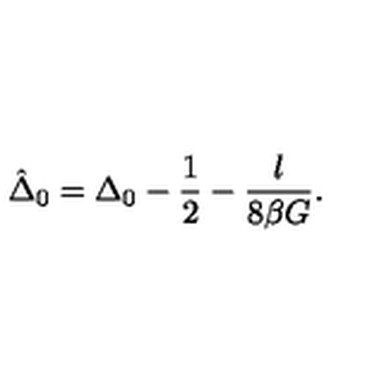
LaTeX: \hat { \Delta } _ { 0 } = \Delta _ { 0 } - \frac { 1 } { 2 } - \frac { l } { 8 \beta G } .